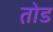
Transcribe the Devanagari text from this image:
त़ोड